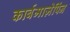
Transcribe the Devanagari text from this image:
कार्बमाज़ेपिंन